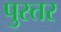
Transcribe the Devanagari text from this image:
पुस्तर